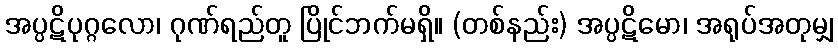
အပ္ပဋိပုဂ္ဂလော၊ ဂုဏ်ရည်တူ ပြိုင်ဘက်မရှိ။ (တစ်နည်း) အပ္ပဋိမော၊ အရုပ်အတုမျှ